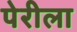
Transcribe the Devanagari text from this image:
पेरीला